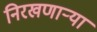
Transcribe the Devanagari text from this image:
निरखणाऱ्या